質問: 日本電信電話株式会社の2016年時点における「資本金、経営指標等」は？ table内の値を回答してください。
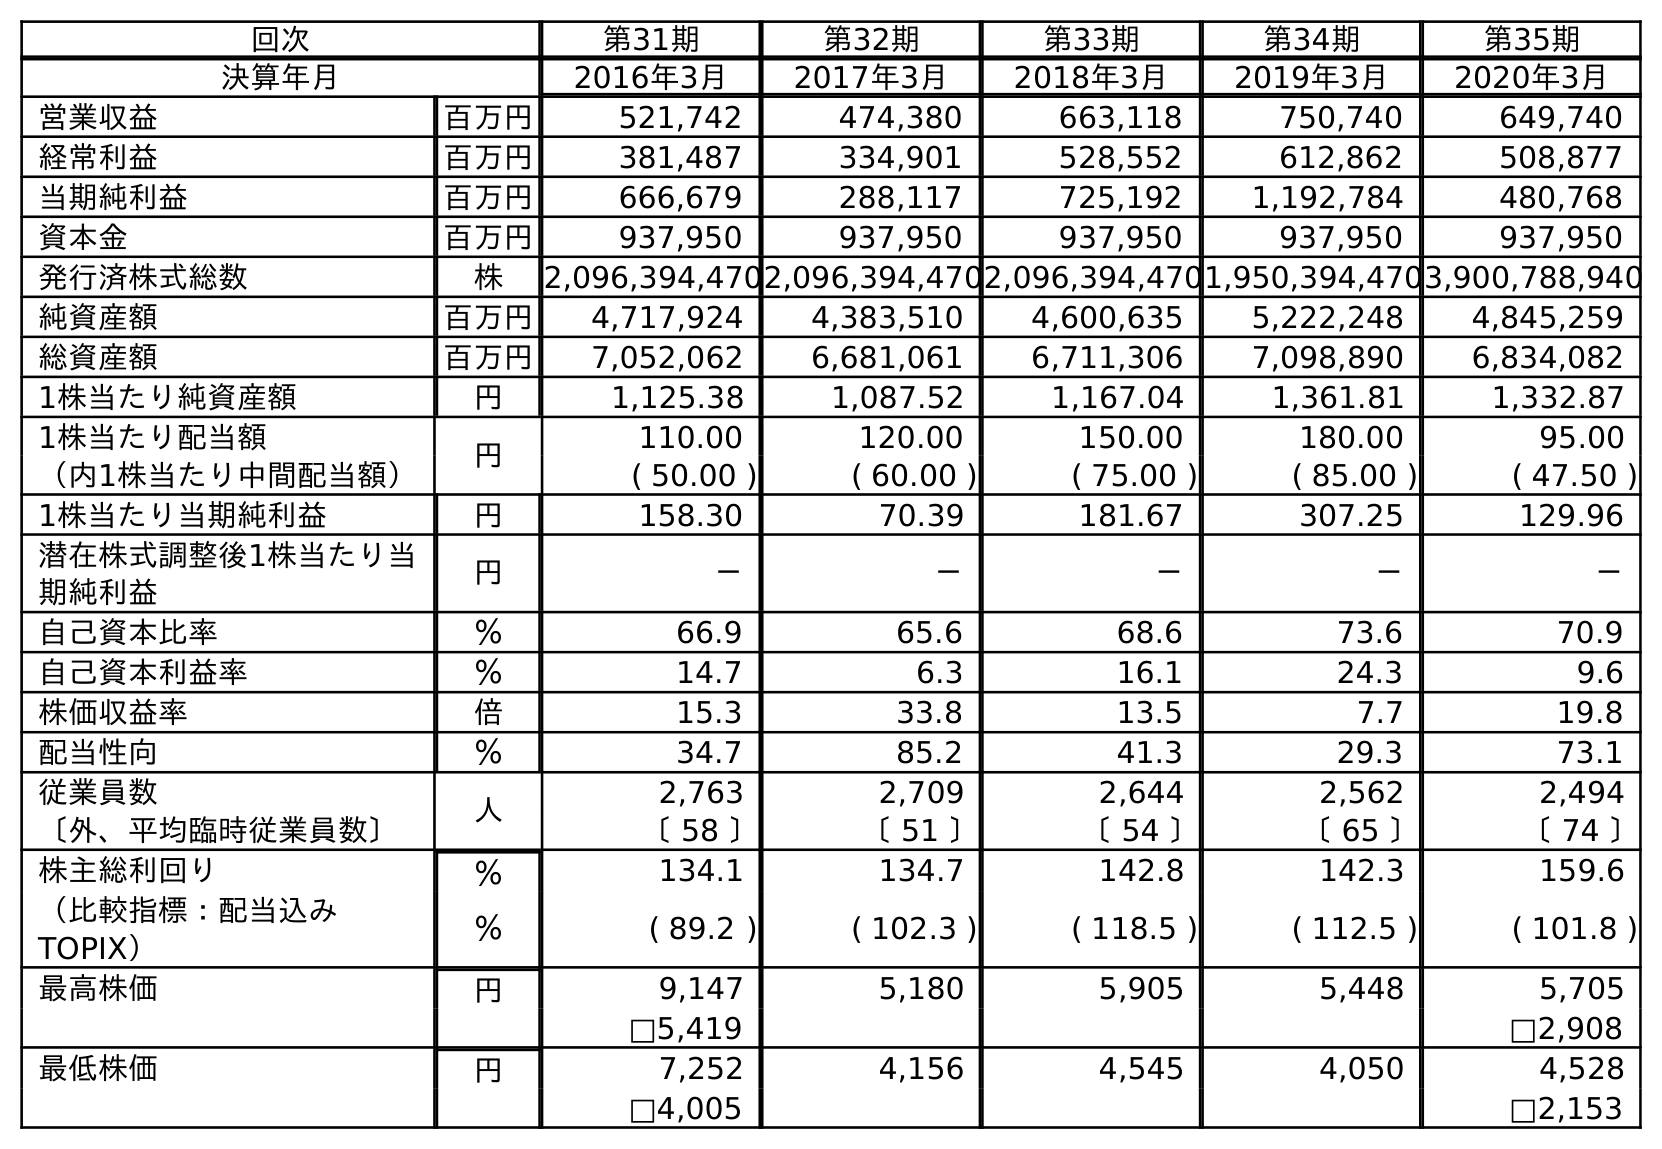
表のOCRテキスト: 回次 第31期 第32期 第33期 第34期 第35期 決算年月 2016年3月 2017年3月 2018年3月 2019年3月 2020年3月 営業収益 百万円 521,742 474,380 663,118 750,740 649,740 経常利益 百万円 381,487 334,901 528,552 612,862 508,877 当期純利益 百万円 666,679 288,117 725,192 1,192,784 480,768 資本金 百万円 937,950 937,950 937,950 937,950 937,950 発行済株式総数 株 2,096,394,4702,096,394,4702,096,394,4701,950,394,4703,900,788,940 純資産額 百万円 4,717,924 4,383,510 4,600,635 5,222,248 4,845,259 総資産額 百万円 7,052,062 6,681,061 6,711,306 7,098,890 6,834,082 1株当たり純資産額 円 1,125.38 1,087.52 1,167.04 1,361.81 1,332.87 1株当たり配当額 円 110.00 120.00 150.00 180.00 95.00 （内1株当たり中間配当額） ( 50.00 ) ( 60.00 ) ( 75.00 ) ( 85.00 ) ( 47.50 ) 1株当たり当期純利益 円 158.30 70.39 181.67 307.25 129.96 潜在株式調整後1株当たり当 期純利益 円 － － － － － 自己資本比率 ％ 66.9 65.6 68.6 73.6 70.9 自己資本利益率 ％ 14.7 6.3 16.1 24.3 9.6 株価収益率 倍 15.3 33.8 13.5 7.7 19.8 配当性向 ％ 34.7 85.2 41.3 29.3 73.1 従業員数 人 2,763 2,709 2,644 2,562 2,494 〔外、平均臨時従業員数〕 〔 58 〕 〔 51 〕 〔 54 〕 〔 65 〕 〔 74 〕 株主総利回り ％ 134.1 134.7 142.8 142.3 159.6 （比較指標：配当込み TOPIX） ％ ( 89.2 ) ( 102.3 ) ( 118.5 ) ( 112.5 ) ( 101.8 ) 最高株価 円 9,147 5,180 5,905 5,448 5,705 □5,419 □2,908 最低株価 円 7,252 4,156 4,545 4,050 4,528 □4,005 □2,153
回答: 937,950